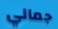
جمالي